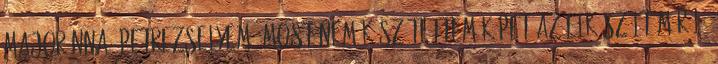
majoránna, petrezselyem Most nem készítettem képet az elkészült műről,